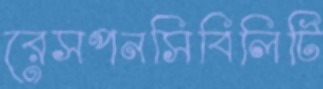
রেসপনসিবিলিটি